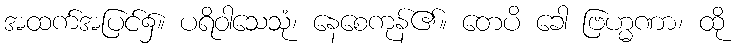
အထက်အပြင်၌။ ပရိဝါသေသုံ၊ နေစေကုန်၏။ တေပိ ခေါ ဗြဟ္မဏာ၊ ထို